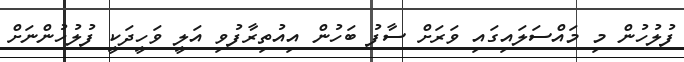
ފުލުހުން މި މައްސަލައިގައި ވަރަށް ސާފު ބަހުން އިއުތިރާފުވި އަލީ ވަހީދަކީ ފުލުހުންނަށް